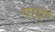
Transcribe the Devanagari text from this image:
पाद्रो